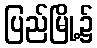
ပြည်မြို့၌